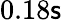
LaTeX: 0.18\mathsf{s}